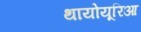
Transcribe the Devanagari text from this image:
थायोयूरिआ